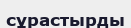
сұрастырды